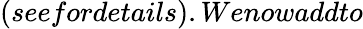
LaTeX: (seefordetails).Wenowaddto